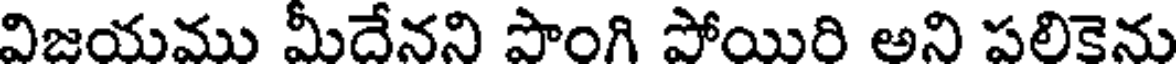
విజయము మీదేనని పొంగి పోయిరి అని పలికెను